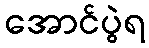
အောင်ပွဲရ